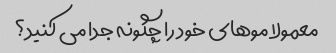
معمولا موهای خود را چگونه جدا می کنید؟